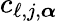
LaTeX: c_{\ell,j,{\boldsymbol{\alpha}}}